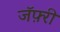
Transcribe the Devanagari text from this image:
जॅफ़्री